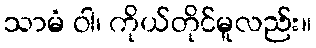
သာမံ ဝါ၊ ကိုယ်တိုင်မူလည်း။